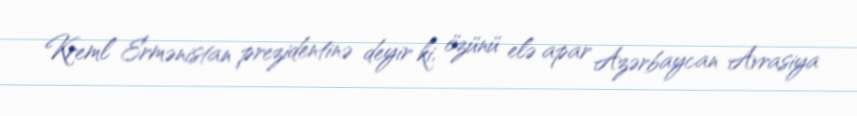
Kreml Ermənistan prezidentinə deyir ki, özünü elə apar Azərbaycan Avrasiya